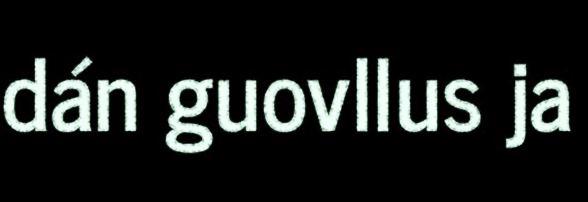
dán guovllus ja